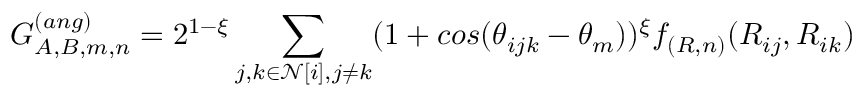
G _ { A , B , m , n } ^ { ( a n g ) } = 2 ^ { 1 - \xi } \sum _ { j , k \in \mathcal { N } [ i ] , j \neq k } ( 1 + c o s ( \theta _ { i j k } - \theta _ { m } ) ) ^ { \xi } f _ { ( R , n ) } ( R _ { i j } , R _ { i k } )